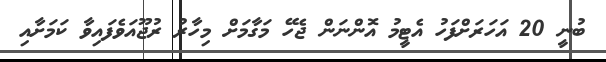
ބުނީ 20 އަހަރަށްފަހު އެޓީމު އޮންނަން ޖެހޭ މަގާމަށް މިހާރު ރުޖޫއަވެފައިވާ ކަމަށާއި